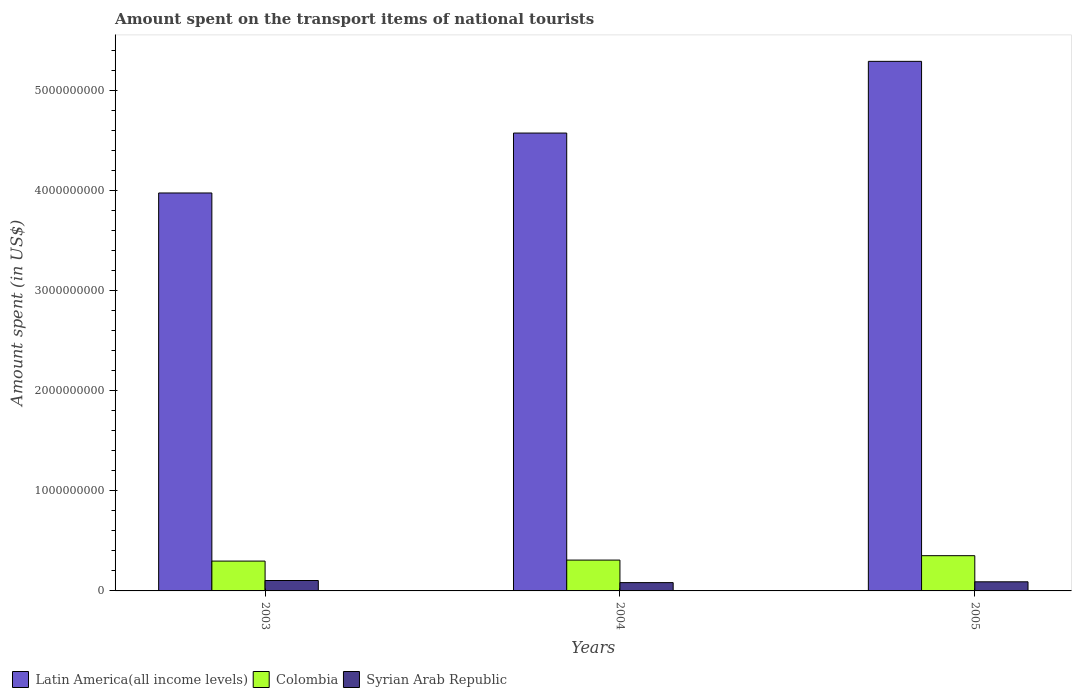
| Years | Latin America(all income levels) | Colombia | Syrian Arab Republic |
 | --- | --- | --- | --- |
 | 2003 | 3.98e+09 | 2.98e+08 | 1.04e+08 |
 | 2004 | 4.57e+09 | 3.08e+08 | 8.3e+07 |
 | 2005 | 5.29e+09 | 3.52e+08 | 9.1e+07 |